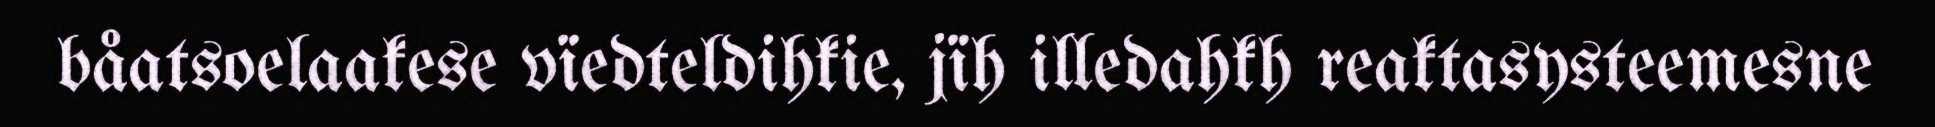
båatsoelaakese vïedteldihkie, jïh illedahkh reaktasysteemesne